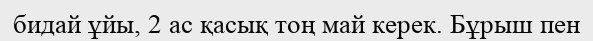
бидай ұйы, 2 ас қасық тоң май керек. Бұрыш пен